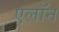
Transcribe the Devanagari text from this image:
एलॉन